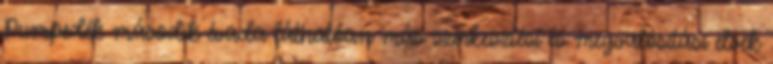
Pumpedék második évada láthatóan más szerkesztési és megvalósítási elvek